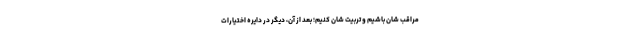
مراقب شان باشیم و تربیت شان کنیم؛ بعد از آن، دیگر در دایره اختیارات